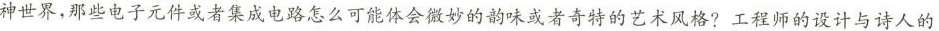
神世界，那些电子元件或者集成电路怎么可能体会微妙味或者奇特的艺术风格?工程师的设计与诗人的